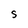
Character: S